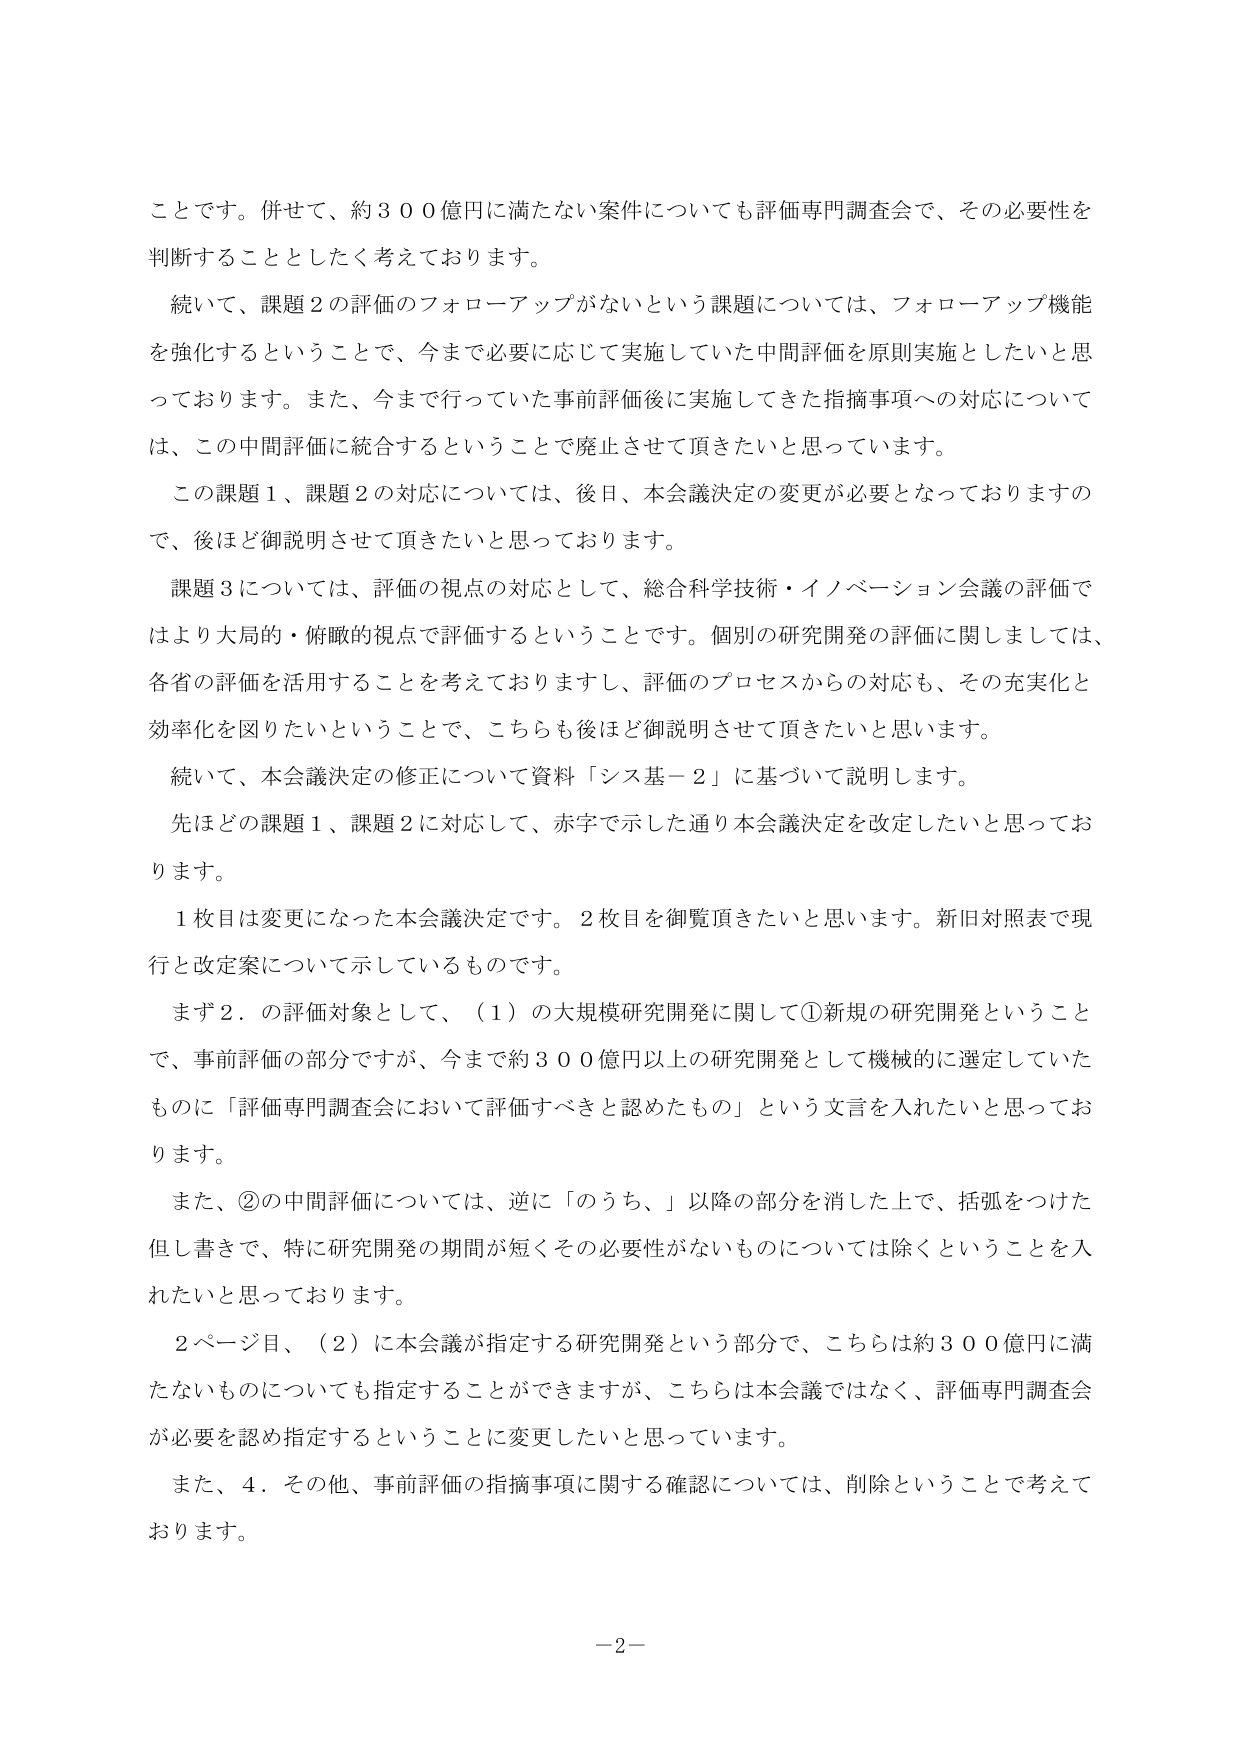
ことです。併せて、約３００億円に満たない案件についても評価専門調査会で、その必要性を判断することとしたく考えております。

続いて、課題２の評価のフォローアップがないという課題については、フォローアップ機能を強化するということで、今まで必要に応じて実施していた中間評価を原則実施したいと思っております。また、今まで行っていた事前評価後に実施してきた指摘事項への対応については、この中間評価に統合するということで廃止させて頂きたいと思っています。

この課題１、課題２の対応については、後日、本会議決定の変更が必要となっておりますので、後ほど御説明させて頂きたくと思っております。

課題３については、評価の視点の対応として、総合科学技術・イノベーション会議の評価ではより大局的・俯瞰的視点で評価するということです。個別の研究開発の評価に関しましては、各省の評価を活用することを考えておりますし、評価のプロセスからの対応も、その充実化と効率化を図りたいということで、こちらも後ほど御説明させて頂きたく思います。

続いて、本会議決定の修正について資料「シス基－２」に基づいて説明します。

先ほどの課題１、課題２に対応して、赤字で示した通り本会議決定を改定したいと思っております。

１枚目は変更になった本会議決定です。２枚目を御覧頂きたいと思います。新旧対照表で現行と改定案について示しているものです。

まず２．の評価対象として、（１）の大規模研究開発に関して①新規の研究開発ということで、事前評価の部分ですが、今まで約３００億円以上の研究開発として機械的に選定していたものに「評価専門調査会において評価すべきと認めたもの」という文言を入れたいと思っております。

また、②の中間評価については、逆に「のうち、」以降の部分を消した上で、括弧をつけた但し書きで、特に研究開発の期間が短くその必要性がないものについては除くということを入れたいと思っております。

２ページ目、（２）に本会議が指定する研究開発という部分で、こちらは約３００億円に満たないものについても指定することができますが、こちらは本会議ではなく、評価専門調査会が必要を認め指定するということに変更したいと思っています。

また、４．その他、事前評価の指摘事項に関する確認については、削除ということで考えております。

－２－